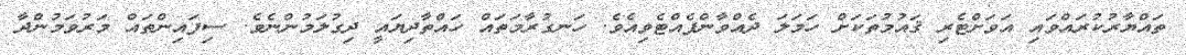
ތައްޔާރުކުރައްވައި އަވަށްޓެރި ޤައުމުތަކަށް ހަމަލަ ދެއްވާންފެއްޓެވިއެވެ. ހަނގުރާމަތައް ހައްތާދިޔައީ ދިގުލަމުންނެވެ. ސިފައިންތައް މަރުވަމުންދާ